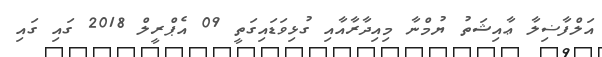
އަލްފާޟިލާ ޢާއިޝަތު ޔުމްނާ މިއިދާރާއާއި ގުޅިވަޑައިގަތީ 09 އެޕްރީލް 2018 ގައި ގައި